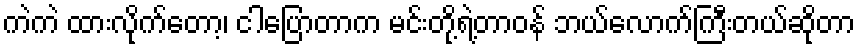
ကဲကဲ ထားလိုက်တော့၊ ငါပြောတာက မင်းတို့ရဲ့တာဝန် ဘယ်လောက်ကြီးတယ်ဆိုတာ